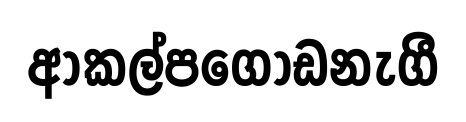
ආකල්පගොඩනැගී